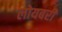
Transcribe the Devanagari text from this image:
लोयबरी